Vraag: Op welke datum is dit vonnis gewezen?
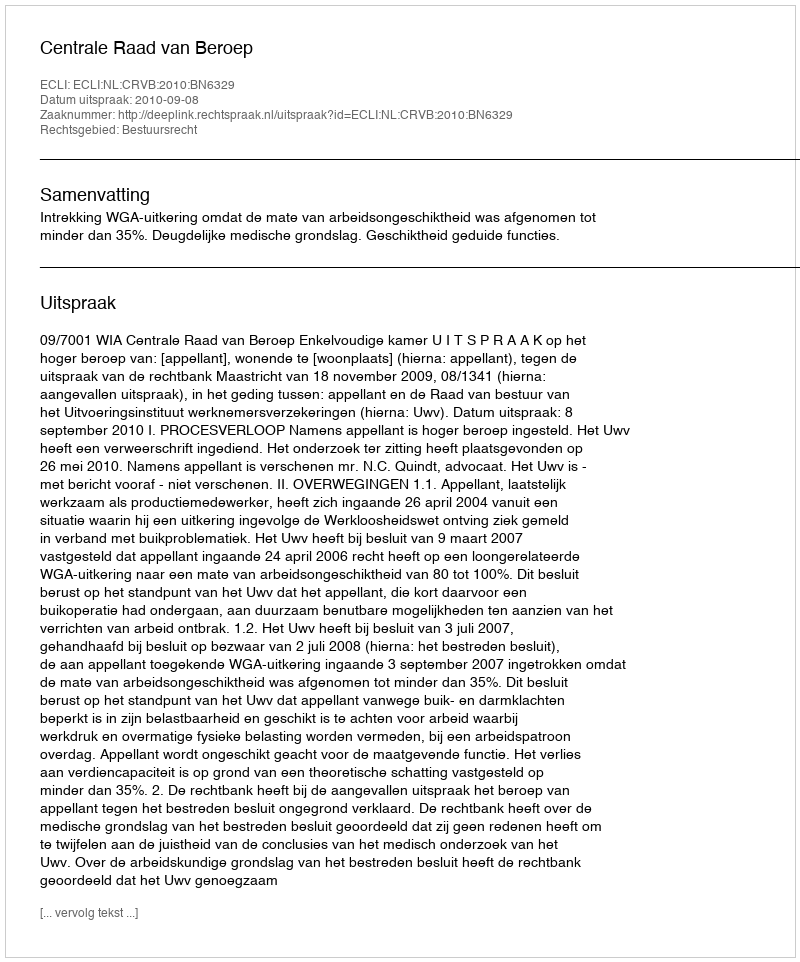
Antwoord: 2010-09-08